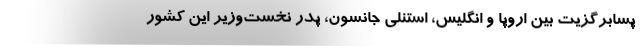
پسابرگزیت بین اروپا و انگلیس، استنلی جانسون، پدر نخست‌وزیر این کشور